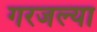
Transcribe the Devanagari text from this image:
गरजल्या